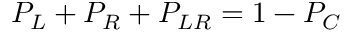
P _ { L } + P _ { R } + P _ { L R } = 1 - P _ { C }